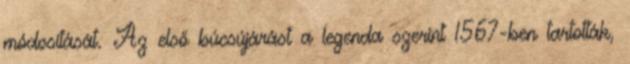
módosítását. Az első búcsújárást a legenda szerint 1567-ben tartották,